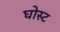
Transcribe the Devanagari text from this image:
घोस्‍ट